Report on the bubonic plague in Bombay, 1896-1897
Year: 1896
Disease focus: Plague
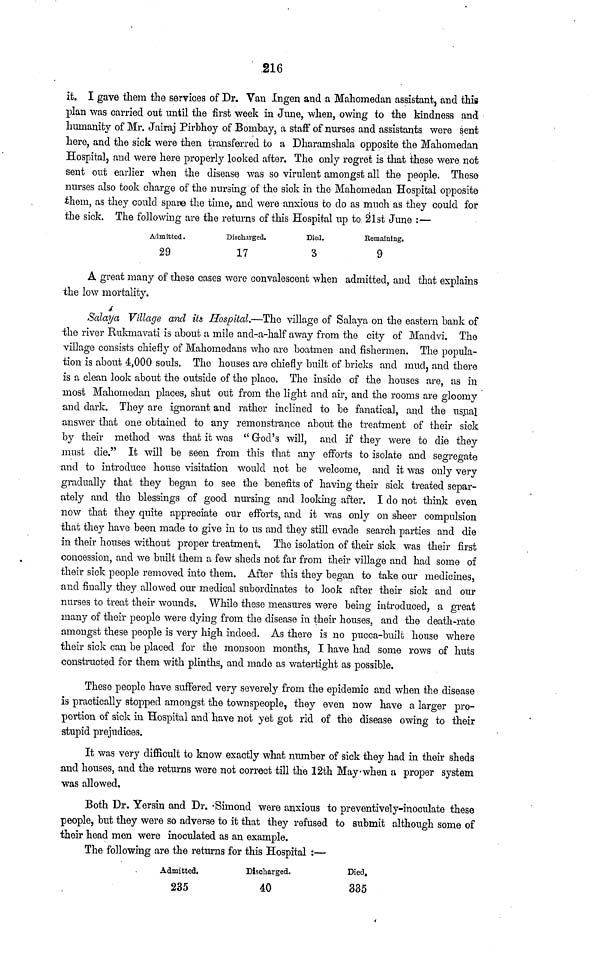
216
it. I gave them the services of Dr. Van Ingen and a Mahomedan assistant, and this
plan was carried out until the first week in June, when, owing to the kindness and
humanity of Mr. Jairaj Pirbhoy of Bombay, a staff of nurses and assistants were sent
here, and the sick were then transferred to a Dharamshala opposite the Mahomedan
Hospital, and were here properly looked after. The only regret is that these were not
sent out earlier when the disease was so virulent amongst all the people. These
nurses also took charge of the nursing of the sick in the Mahomedan Hospital opposite
them, as they could spare the time, and were anxious to do as much as they could for
the sick. The following are the returns of this Hospital up to 21st June :—
Admitted.
29
Discharged.
17
Died.
3
Remaining.
9
Δ great many of these cases were convalescent when admitted, and that explains
the low mortality.
Salaya Village and its Hospital.—The village of Salaya on the eastern bank of
the river Rukmavati is about a mile and-a-half away from the city of Mandvi. The
village consists chiefly of Mahomedans who are boatmen and fishermen. The popula-
tion is about 4,000 souls. The houses are chiefly built of bricks and mud, and there
is a clean look about the outside of the place. The inside of the houses are, as in
most Mahomedan places, shut out from the light and air, and the rooms are gloomy
and dark. They are ignorant and rather inclined to be fanatical, and the usual
answer that one obtained to any remonstrance about the treatment of their sick
by their method was that it was "God's will, and if they were to die they
must die." It will be seen from this that any efforts to isolate and segregate
and to introduce house visitation would not be welcome, and it was only very
gradually that they began to see the benefits of having their sick treated separ-
ately and the blessings of good nursing and looking after. I do not think even
now that they quite appreciate our efforts, and it was only on sheer compulsion
that they have been made to give in to us and they still evade search parties and die
in their houses without proper treatment. The isolation of their sick was their first
concession, and we built them a few sheds not far from their village and had some of
their sick people removed into them. After this they began to take our medicines,
and finally they allowed our medical subordinates to look after their sick and our
nurses to treat their wounds. While these measures were being introduced, a great
many of their people were dying from the disease in their houses, and the death-rate
amongst these people is very high indeed. As there is no pucca-built house where
their sick can be placed for the monsoon months, I have had some rows of huts
constructed for them with plinths, and made as watertight as possible.
These people have suffered very severely from the epidemic and when the disease
is practically stopped amongst the townspeople, they even now have a larger pro-
portion of sick in Hospital and have not yet got rid of the disease owing to their
stupid prejudices.
It was very difficult to know exactly what number of sick they had in their sheds
and houses, and the returns were not correct till the 12th May when a proper system
was allowed.
Both Dr. Yersin and Dr. Simond were anxious to preventively-inoculate these
people, but they were so adverse to it that they refused to submit although some of
their head men were inoculated as an example.
The following are the returns for this Hospital :—
Admitted.
235
Discharged.
40
Died.
335